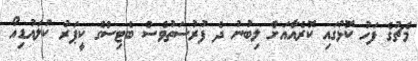
މެޗުގެ ފަހު ކޮޅުގައި ކޮރެއާއަށް ލިބުނު ދެ ފުުރުސަތުވެސް ބެޓިސްގެ ކީޕަރު ކުލައުޑިއޯ